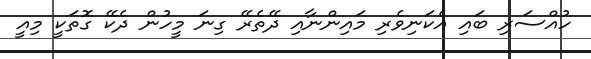
ހުއްސަރި ބައި އެކަނިވެރި މައިންނާއި ދޭތެރޭ ގިނަ މީހުން ދެކޭ ގޮތަކީ މިއީ